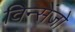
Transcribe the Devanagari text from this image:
विन्सेंजो